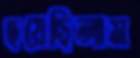
হয়েছিলাম